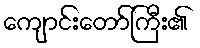
ကျောင်းတော်ကြီး၏